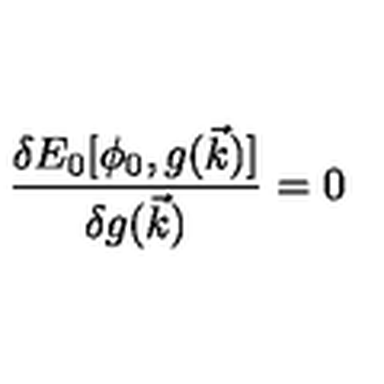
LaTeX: { \frac { \delta E _ { 0 } [ \phi _ { 0 } , g ( \vec { k } ) ] } { \delta g ( \vec { k } ) } } = 0